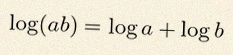
\log(ab)=\log a+\log b